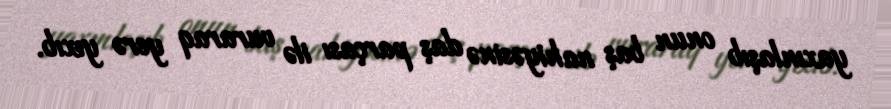
yaxınlaşıb onun baş nahiyəsinə daş parçası ilə vuraraq yerə yıxıb.